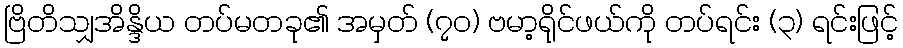
ဗြိတိသျှအိန္ဒိယ တပ်မတခု၏ အမှတ် (၇၀) ဗမာ့ရိုင်ဖယ်ကို တပ်ရင်း (၃) ရင်းဖြင့်